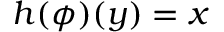
h ( \phi ) ( y ) = x